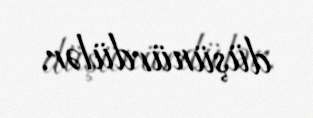
düşünürdülər.